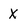
Character: X